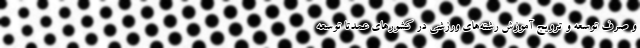
و صرف توسعه و ترویج آموزش رشته‌های ورزشی در کشورهای عمدتاً توسعه‌